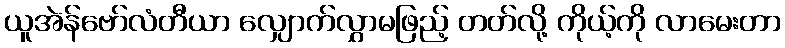
ယူအဲန်ဗော်လံတီယာ လျှောက်လွှာမဖြည့် တတ်လို့ ကိုယ့်ကို လာမေးတာ